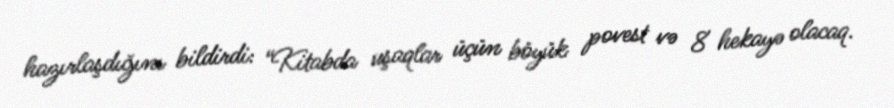
hazırlaşdığını bildirdi: “Kitabda uşaqlar üçün böyük povest və 8 hekayə olacaq.